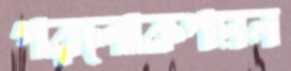
পরলোকগমন